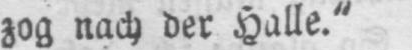
zog nach der Halle.“